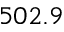
5 0 2 . 9